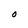
Character: O